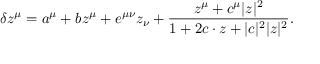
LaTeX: \delta z ^ { \mu } = a ^ { \mu } + b z ^ { \mu } + e ^ { \mu \nu } z _ { \nu } + \frac { z ^ { \mu } + c ^ { \mu } | z | ^ { 2 } } { 1 + 2 c \cdot z + | c | ^ { 2 } | z | ^ { 2 } } .